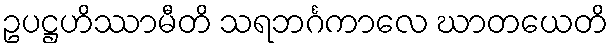
ဥပဋ္ဌဟိဿာမီတိ သရဘင်္ဂကာလေ ဃာတယေတိ